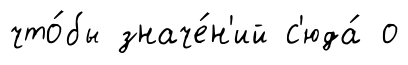
что́бы значе́н'ий с'юда́ о